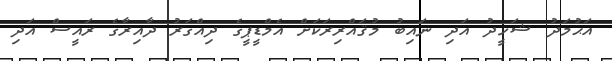
އަޙުމަދު ޝަހީދު އަދި ނައިބު މުޤައްރިރަކަށް އެމްޑީޕީގެ ދިއްގަރު ދާއިރާގެ ރައީސް އަދި